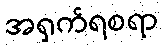
အရှက်ရစရာ